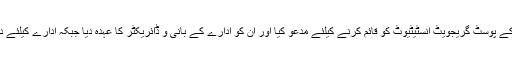
1967ء میں کراچی یونیورسٹی نے ڈاکٹر صدیقی کو کیمسٹری کے پوسٹ گریجویٹ انسٹیٹیوٹ کو قائم کرنے کیلئے مدعو کیا اور ان کو ادارے کے بانی و ڈائریکٹر کا عہدہ دیا جبکہ ادارے کیلئے دیگر تحققی اسٹاف پی سی ایس آئی آر کی طرف سے فراہم کیا گیا۔